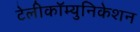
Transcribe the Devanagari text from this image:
टेलीकॉम्युनिकेशन